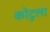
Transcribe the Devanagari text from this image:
कोटुला